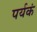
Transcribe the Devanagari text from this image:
पर्यकं